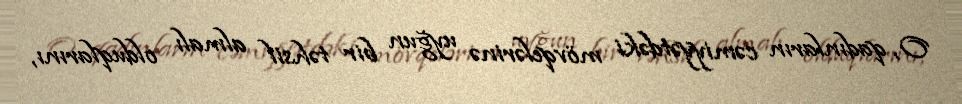
O, qadınların cəmiyyətdəki mövqelərinə uyğun bir təhsil almalı olduqlarını,